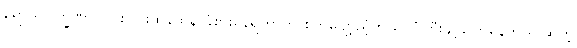
ရောဂါလက္ခဏာ ပြင်းပြင်းထန်ထန် ခံစားနေရတာကို စိတ်ပျော့ညံ့တယ်၊ ပုံကြီးချဲ့ ပြောနေတယ် ဆိုတဲ့